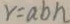
r = a b h